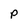
Character: P